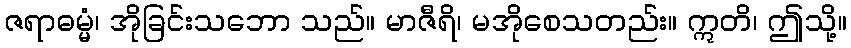
ဇရာဓမ္မံ၊ အိုခြင်းသဘော သည်။ မာဇီရိ၊ မအိုစေသတည်း။ ဣတိ၊ ဤသို့။